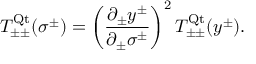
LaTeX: T _ { \pm \pm } ^ { \mathrm { Q t } } ( \sigma ^ { \pm } ) = \left( \frac { \partial _ { \pm } y ^ { \pm } } { \partial _ { \pm } \sigma ^ { \pm } } \right) ^ { 2 } T _ { \pm \pm } ^ { \mathrm { Q t } } ( y ^ { \pm } ) .